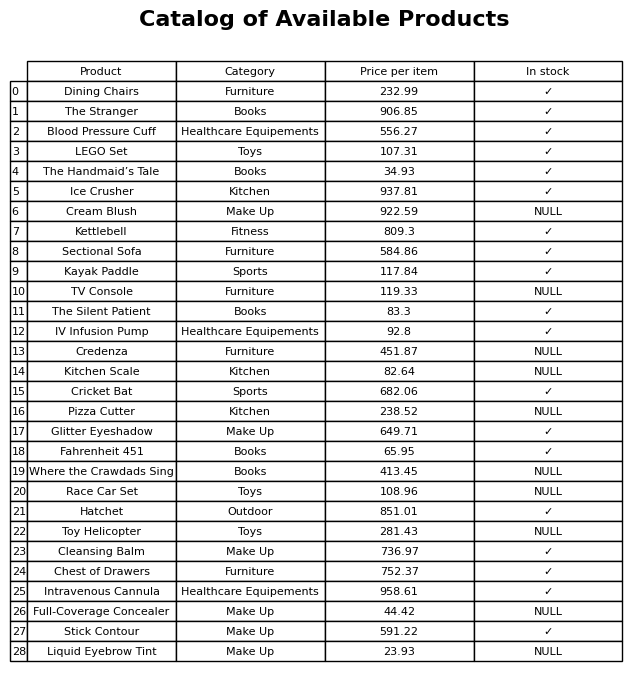
question: What category does the Kettlebell belong to?
answer: Fitness